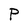
Character: P